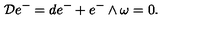
{ \cal D } e ^ { - } = d e ^ { - } + e ^ { - } \wedge \omega = 0 .